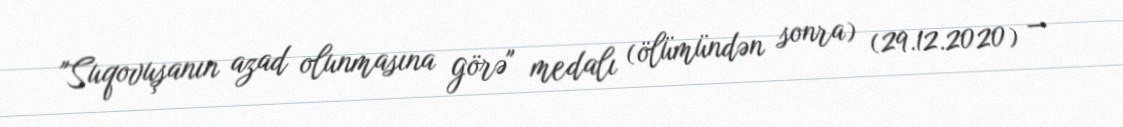
"Suqovuşanın azad olunmasına görə" medalı (ölümündən sonra) (29.12.2020) —